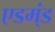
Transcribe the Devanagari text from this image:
एडम्ंड